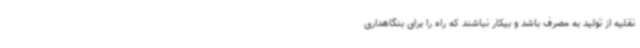
نقلیه از تولید به مصرف باشد و بیکار نباشند که راه را برای بنگاهداری